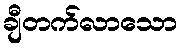
ချီတက်လာသော